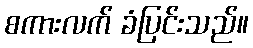
စကားလက် ခံပြင်းသည်။